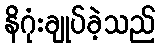
နိဂုံးချုပ်ခဲ့သည်